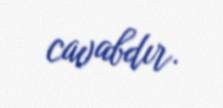
cavabdır.